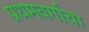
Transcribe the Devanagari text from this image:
प्रथमवर्गाचा